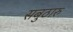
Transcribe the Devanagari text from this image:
सबुठारु